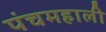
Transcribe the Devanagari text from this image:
पंचमहाली